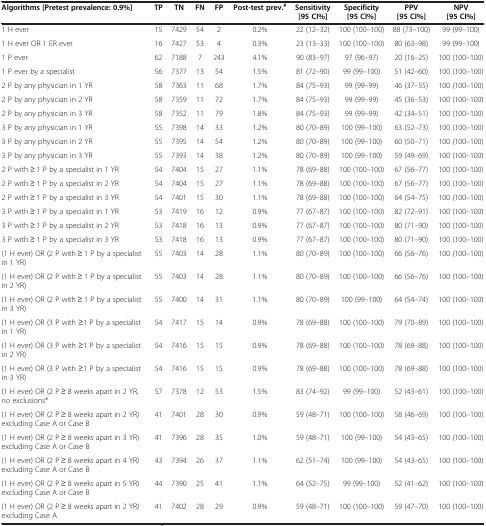
<table><thead><tr><td><b>Algorithms [Pretest prevalence: 0.9%]</b></td><td><b>TP</b></td><td><b>TN</b></td><td><b>FN</b></td><td><b>FP</b></td><td><b>Post-test prev.<sup>#</sup></b></td><td><b>Sensitivity [95 CI%]</b></td><td><b>Specificity [95 CI%]</b></td><td><b>PPV [95 CI%]</b></td><td><b>NPV [95 CI%]</b></td></tr></thead><tbody><tr><td>1 H ever</td><td>15</td><td>7429</td><td>54</td><td>2</td><td>0.2%</td><td>22 (12–32)</td><td>100 (100–100)</td><td>88 (73–100)</td><td>99 (99–100)</td></tr><tr><td>1 H ever OR 1 ER ever</td><td>16</td><td>7427</td><td>53</td><td>4</td><td>0.3%</td><td>23 (13–33)</td><td>100 (100–100)</td><td>80 (63–98)</td><td>99 (99–100)</td></tr><tr><td>1 P ever</td><td>62</td><td>7188</td><td>7</td><td>243</td><td>4.1%</td><td>90 (83–97)</td><td>97 (96–97)</td><td>20 (16–25)</td><td>100 (100–100)</td></tr><tr><td>1 P ever by a specialist</td><td>56</td><td>7377</td><td>13</td><td>54</td><td>1.5%</td><td>81 (72–90)</td><td>99 (99–100)</td><td>51 (42–60)</td><td>100 (100–100)</td></tr><tr><td>2 P by any physician in 1 YR</td><td>58</td><td>7363</td><td>11</td><td>68</td><td>1.7%</td><td>84 (75–93)</td><td>99 (99–99)</td><td>46 (37–55)</td><td>100 (100–100)</td></tr><tr><td>2 P by any physician in 2 YR</td><td>58</td><td>7359</td><td>11</td><td>72</td><td>1.7%</td><td>84 (75–93)</td><td>99 (99–99)</td><td>45 (36–53)</td><td>100 (100–100)</td></tr><tr><td>2 P by any physician in 3 YR</td><td>58</td><td>7352</td><td>11</td><td>79</td><td>1.8%</td><td>84 (75–93)</td><td>99 (99–99)</td><td>42 (34–51)</td><td>100 (100–100)</td></tr><tr><td>3 P by any physician in 1 YR</td><td>55</td><td>7398</td><td>14</td><td>33</td><td>1.2%</td><td>80 (70–89)</td><td>100 (99–100)</td><td>63 (52–73)</td><td>100 (100–100)</td></tr><tr><td>3 P by any physician in 2 YR</td><td>55</td><td>7395</td><td>14</td><td>54</td><td>1.2%</td><td>80 (70–89)</td><td>100 (99–100)</td><td>60 (50–71)</td><td>100 (100–100)</td></tr><tr><td>3 P by any physician in 3 YR</td><td>55</td><td>7393</td><td>14</td><td>38</td><td>1.2%</td><td>80 (70–89)</td><td>100 (99–100)</td><td>59 (49–69)</td><td>100 (100–100)</td></tr><tr><td>2 P with ≥ 1 P by a specialist in 1 YR</td><td>54</td><td>7404</td><td>15</td><td>27</td><td>1.1%</td><td>78 (69–88)</td><td>100 (100–100)</td><td>67 (56–77)</td><td>100 (100–100)</td></tr><tr><td>2 P with ≥ 1 P by a specialist in 2 YR</td><td>54</td><td>7404</td><td>15</td><td>27</td><td>1.1%</td><td>78 (69–88)</td><td>100 (100–100)</td><td>67 (56–77)</td><td>100 (100–100)</td></tr><tr><td>2 P with ≥ 1 P by a specialist in 3 YR</td><td>54</td><td>7401</td><td>15</td><td>30</td><td>1.1%</td><td>78 (69–88)</td><td>100 (100–100)</td><td>64 (54–75)</td><td>100 (100–100)</td></tr><tr><td>3 P with ≥ 1 P by a specialist in 1 YR</td><td>53</td><td>7419</td><td>16</td><td>12</td><td>0.9%</td><td>77 (67–87)</td><td>100 (100–100)</td><td>82 (72–91)</td><td>100 (100–100)</td></tr><tr><td>3 P with ≥ 1 P by a specialist in 2 YR</td><td>53</td><td>7418</td><td>16</td><td>13</td><td>0.9%</td><td>77 (67–87)</td><td>100 (100–100)</td><td>80 (71–90)</td><td>100 (100–100)</td></tr><tr><td>3 P with ≥ 1 P by a specialist in 3 YR</td><td>53</td><td>7418</td><td>16</td><td>13</td><td>0.9%</td><td>77 (67–87)</td><td>100 (100–100)</td><td>80 (71–90)</td><td>100 (100–100)</td></tr><tr><td>(1 H ever) OR (2 P with ≥ 1 P by a specialist in 1 YR)</td><td>55</td><td>7403</td><td>14</td><td>28</td><td>1.1%</td><td>80 (70–89)</td><td>100 (100–100)</td><td>66 (56–76)</td><td>100 (100–100)</td></tr><tr><td>(1 H ever) OR (2 P with ≥ 1 P by a specialist in 2 YR)</td><td>55</td><td>7403</td><td>14</td><td>28</td><td>1.1%</td><td>80 (70–89)</td><td>100 (100–100)</td><td>66 (56–76)</td><td>100 (100–100)</td></tr><tr><td>(1 H ever) OR (2 P with ≥ 1 P by a specialist in 3 YR)</td><td>55</td><td>7400</td><td>14</td><td>31</td><td>1.1%</td><td>80 (70–89)</td><td>100 (99–100)</td><td>64 (54–74)</td><td>100 (100–100)</td></tr><tr><td>(1 H ever) OR (3 P with ≥1 P by a specialist in 1 YR)</td><td>54</td><td>7417</td><td>15</td><td>14</td><td>0.9%</td><td>78 (69–88)</td><td>100 (100–100)</td><td>79 (70–89)</td><td>100 (100–100)</td></tr><tr><td>(1 H ever) OR (3 P with ≥1 P by a specialist in 2 YR)</td><td>54</td><td>7416</td><td>15</td><td>15</td><td>0.9%</td><td>78 (69–88)</td><td>100 (100–100)</td><td>78 (69–88)</td><td>100 (100–100)</td></tr><tr><td>(1 H ever) OR (3 P with ≥1 P by a specialist in 3 YR)</td><td>54</td><td>7416</td><td>15</td><td>15</td><td>0.9%</td><td>78 (69–88)</td><td>100 (100–100)</td><td>78 (69–88)</td><td>100 (100–100)</td></tr><tr><td>(1 H ever) OR (2 P ≥ 8 weeks apart in 2 YR, no exclusions*</td><td>57</td><td>7378</td><td>12</td><td>53</td><td>1.5%</td><td>83 (74–92)</td><td>99 (99–100)</td><td>52 (43–61)</td><td>100 (100–100)</td></tr><tr><td>(1 H ever) OR (2 P ≥ 8 weeks apart in 2 YR) excluding Case A or Case B</td><td>41</td><td>7401</td><td>28</td><td>30</td><td>0.9%</td><td>59 (48–71)</td><td>100 (100–100)</td><td>58 (46–69)</td><td>100 (100–100)</td></tr><tr><td>(1 H ever) OR (2 P ≥ 8 weeks apart in 3 YR) excluding Case A or Case B</td><td>41</td><td>7396</td><td>28</td><td>35</td><td>1.0%</td><td>59 (48–71)</td><td>100 (99–100)</td><td>54 (43–65)</td><td>100 (100–100)</td></tr><tr><td>(1 H ever) OR (2 P ≥ 8 weeks apart in 4 YR) excluding Case A or Case B</td><td>43</td><td>7394</td><td>26</td><td>37</td><td>1.1%</td><td>62 (51–74)</td><td>100 (99–100)</td><td>54 (43–65)</td><td>100 (100–100)</td></tr><tr><td>(1 H ever) OR (2 P ≥ 8 weeks apart in 5 YR) excluding Case A or Case B</td><td>44</td><td>7390</td><td>25</td><td>41</td><td>1.1%</td><td>64 (52–75)</td><td>99 (99–100)</td><td>52 (41–62)</td><td>100 (100–100)</td></tr><tr><td>(1 H ever) OR (2 P ≥ 8 weeks apart in 2 YR) excluding Case A</td><td>41</td><td>7402</td><td>28</td><td>29</td><td>0.9%</td><td>59 (48–71)</td><td>100 (100–100)</td><td>59 (47–70)</td><td>100 (100–100)</td></tr></tbody></table>